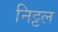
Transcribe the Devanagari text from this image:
निट्टल